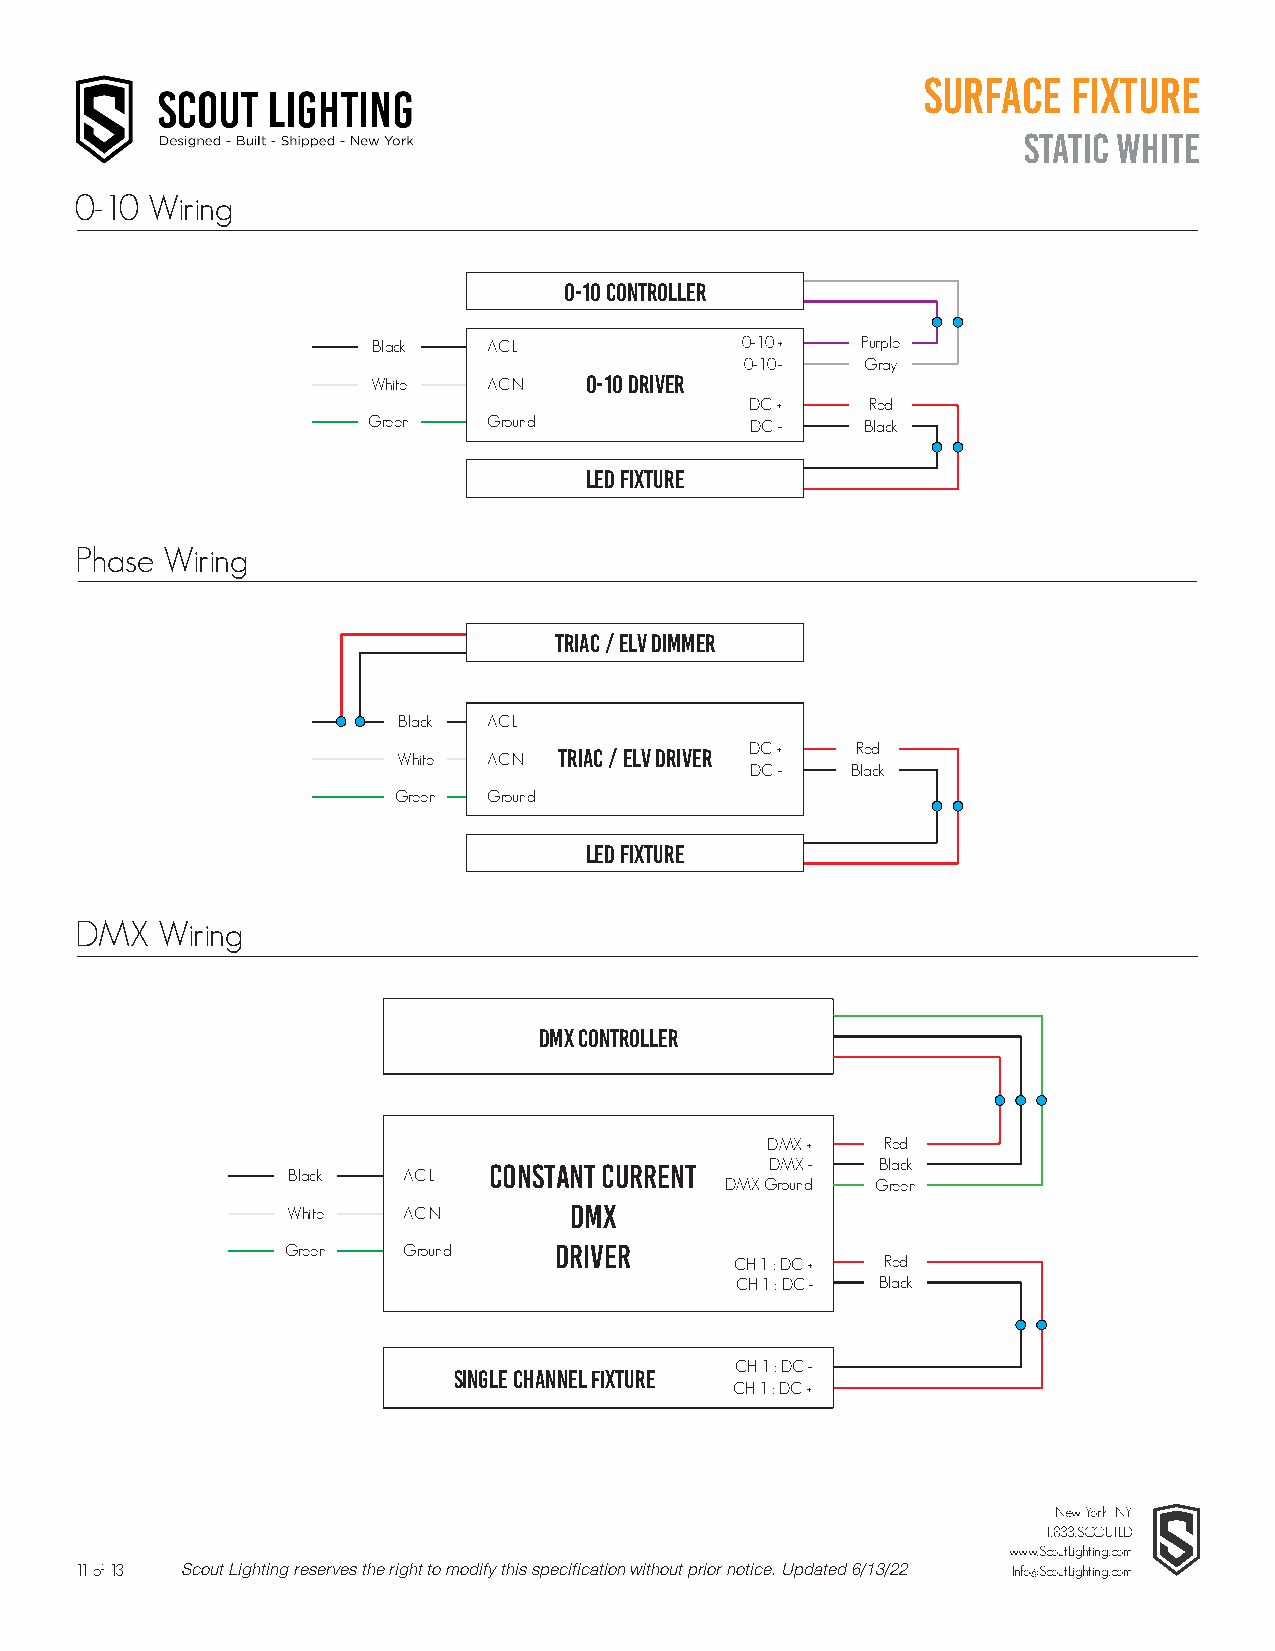
Surface   Fixture
 Static White
 0-10 Wiring
 0-10 Controller
 Black  AC L             0-10 +  Purple
 0-10 -  Gray
 White  AC N   0-10 Driver
 DC +    Red
 Green   Ground            DC -   Black
 LED Fixture
 Phase Wiring
 TRIAC / ELV DIMMER
 Black AC L
 DC +   Red
 White AC N TRIAC / ELV DRIVER
 DC -  Black
 Green Ground
 LED Fixture
 DMX  Wiring
 DMX Controller
 DMX +   Red
 Constant Current   DMX -  Black
 Black   AC L
 DMX Ground Green
 White   AC N       DMX
 Green   Ground    DRIVER
 CH 1 : DC + Red
 CH 1 : DC - Black
 CH 1 : DC -
 Single channel xture
 CH 1 : DC +
 New York, NY
 1.833.SCOUTLD
 www.ScoutLighting.com
 11 of 13 Scout Lighting reserves the right to modify this specification without prior notice. Updated 6/13/22 Info@ScoutLighting.com